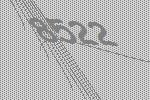
8522